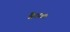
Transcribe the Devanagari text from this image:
वैधता।